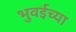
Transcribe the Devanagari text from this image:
भुवईच्या